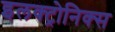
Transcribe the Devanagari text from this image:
इलक्ट्रोनिक्स